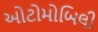
ઓટોમોબિલી